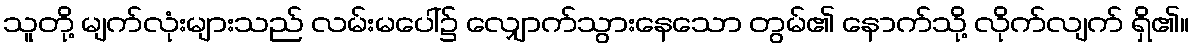
သူတို့ မျက်လုံးများသည် လမ်းမပေါ်၌ လျှောက်သွားနေသော တွမ်၏ နောက်သို့ လိုက်လျက် ရှိ၏။